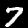
Digit: 7